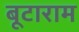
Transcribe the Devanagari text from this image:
बूटाराम